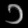
Digit: ၁